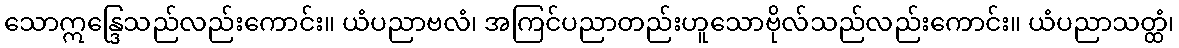
သောဣန္ဒြေသည်လည်းကောင်း။ ယံပညာဗလံ၊ အကြင်ပညာတည်းဟူသောဗိုလ်သည်လည်းကောင်း။ ယံပညာသတ္ထံ၊